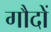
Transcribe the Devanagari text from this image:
गौदों